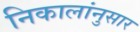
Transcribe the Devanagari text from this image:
निकालांनुसार